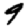
Digit: 9